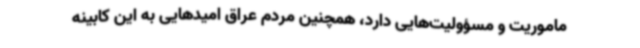
ماموریت و مسؤولیت‌هایی دارد، همچنین مردم عراق امیدهایی به این کابینه